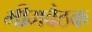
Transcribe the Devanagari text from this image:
भीमबैठक